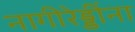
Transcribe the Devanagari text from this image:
नागीरेड्डींना